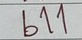
611